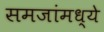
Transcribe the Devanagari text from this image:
समजांमध्ये